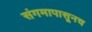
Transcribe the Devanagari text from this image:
संगमापासूनच